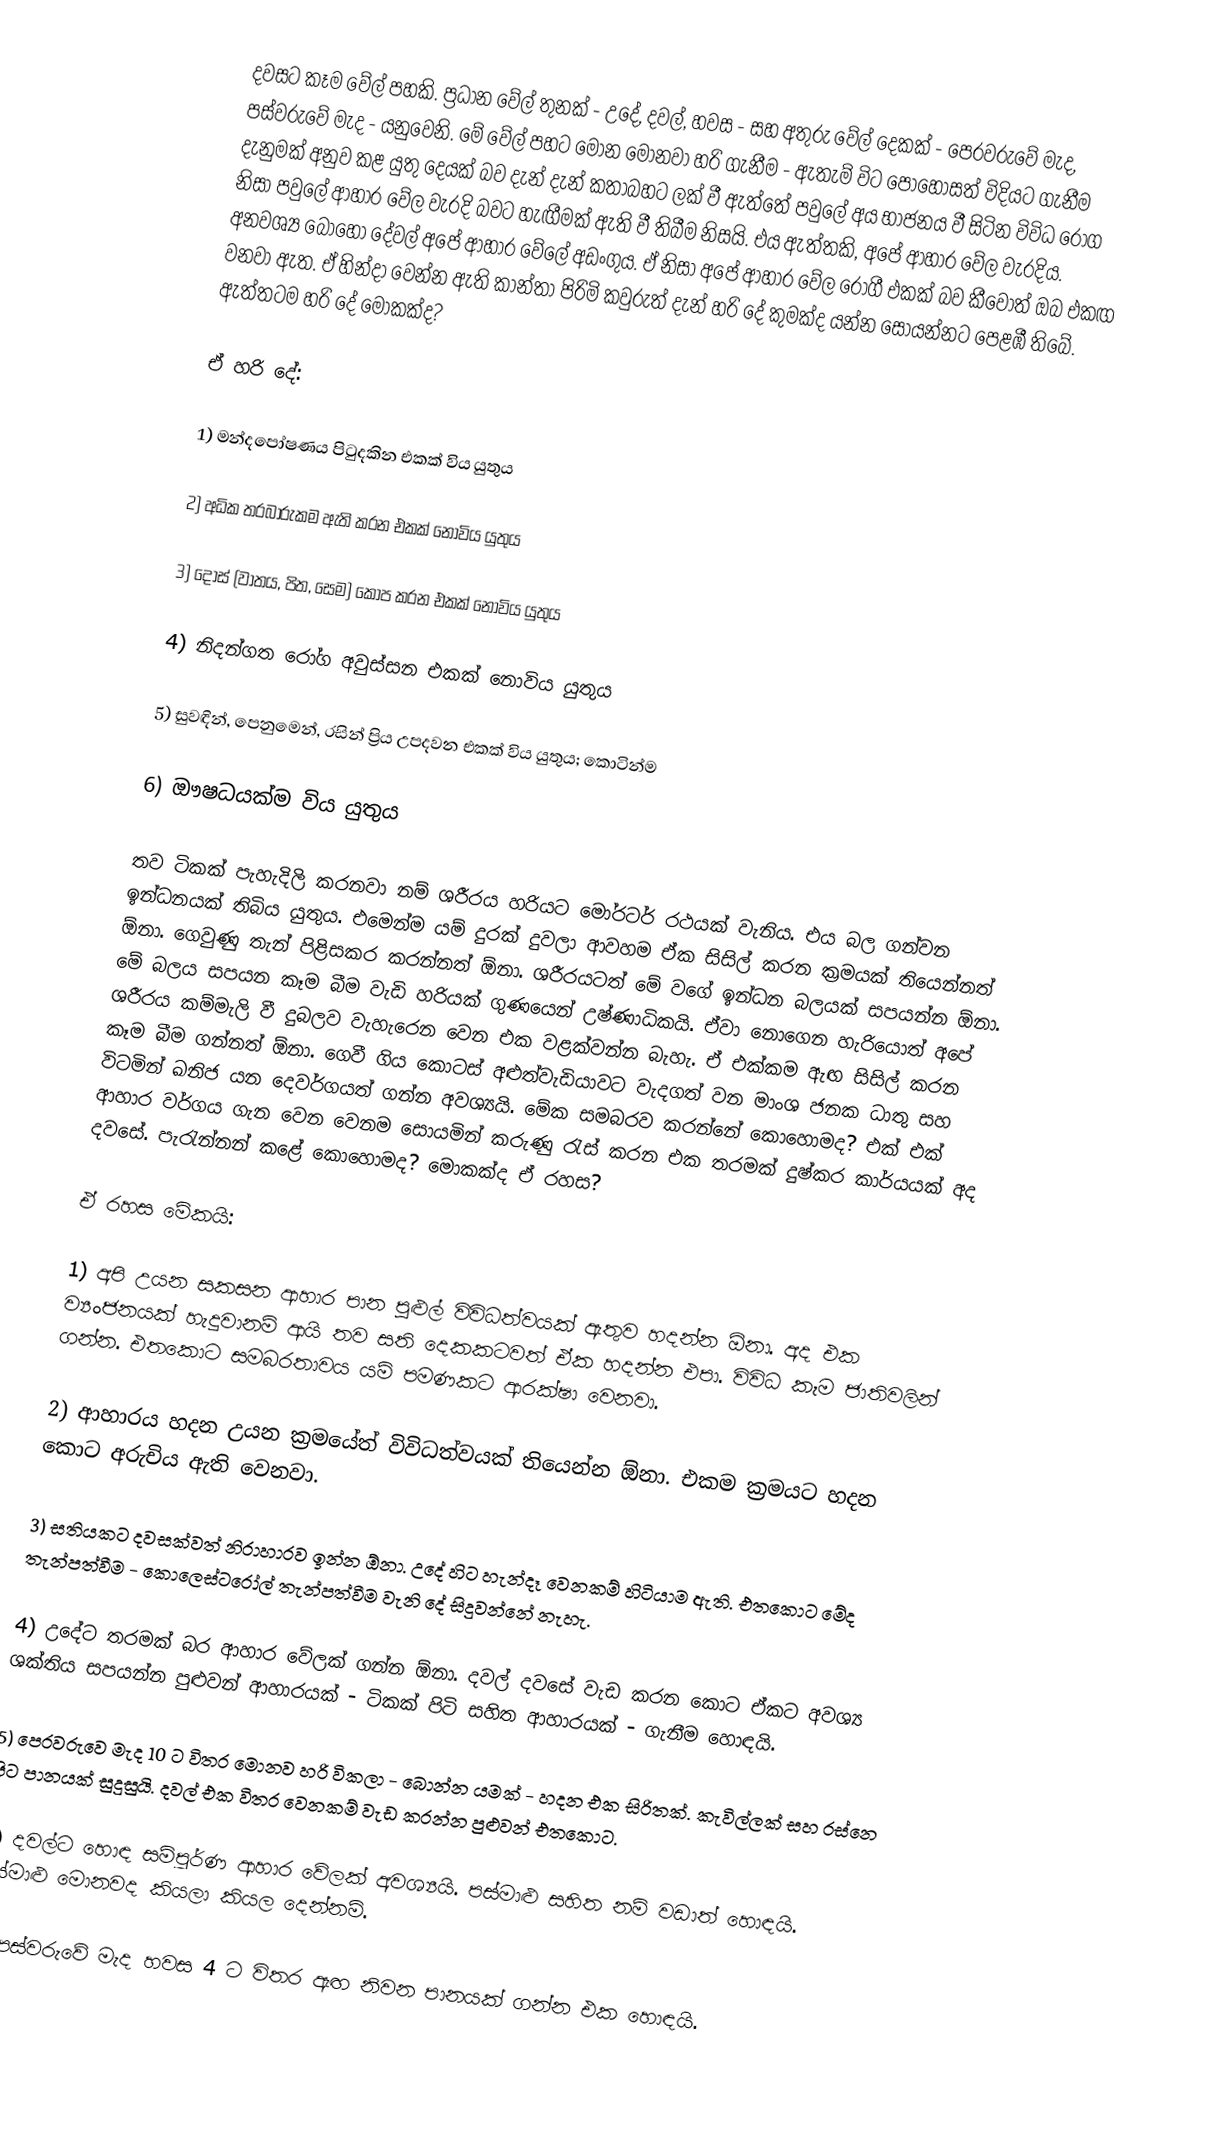
දවසට කෑම වේල් පහකි. ප්‍රධාන වේල් තුනක් - උදේ, දවල්, හවස - සහ අතුරු වේල් දෙකක් - පෙරවරුවේ මැද, පස්වරුවේ මැද - යනුවෙනි. මේ වේල් පහට මොන මොනවා හරි ගැනීම - ඇතැම් විට පොහොසත් විදියට ගැනීම දැනුමක් අනුව කළ යුතු දෙයක් බව දැන් දැන් කතාබහට ලක් වී ඇත්තේ පවුලේ අය භාජනය වී සිටින විවිධ රෝග නිසා පවුලේ ආහාර වේල වැරදි බවට හැඟීමක් ඇති වී තිබීම නිසයි. එය ඇත්තකි, අපේ ආහාර වේල වැරදිය. අනවශ්‍ය බොහෝ දේවල් අපේ ආහාර වේලේ අඩංගුය. ඒ නිසා අපේ ආහාර වේල රෝගී එකක් බව කීවොත් ඔබ එකඟ වනවා ඇත. ඒ හින්දා වෙන්න ඇති කාන්තා පිරිමි කවුරුත් දැන් හරි දේ කුමක්ද යන්න සොයන්නට පෙළඹී තිබේ. ඇත්තටම හරි දේ මොකක්ද?

ඒ හරි දේ:

1) මන්දපෝෂණය පිටුදකින එකක් විය යුතුය

2) අධික තරබාරුකම ඇති කරන එකක් නොවිය යුතුය

3) දොස් (වාතය, පිත, සෙම) කෝප කරන එකක් නොවිය යුතුය

4) නිදන්ගත රෝග අවුස්සන එකක් නොවිය යුතුය

5) සුවඳින්, පෙනුමෙන්, රසින් ප්‍රිය උපදවන එකක් විය යුතුය; කොටින්ම

6) ඖෂධයක්ම විය යුතුය

තව ටිකක් පැහැදිලි කරනවා නම් ශරීරය හරියට මෝරටර් රථයක් වැනිය. එය බල ගන්වන ඉන්ධනයක් තිබිය යුතුය. එමෙන්ම යම් දුරක් දුවලා ආවහම ඒක සිසිල් කරන ක්‍රමයක් තියෙන්නත් ඕනා. ගෙවුණු තැන් පිළිසකර කරන්නත් ඕනා. ශරීරයටත් මේ වගේ ඉන්ධන බලයක් සපයන්න ඕනා. මේ බලය සපයන කෑම බීම වැඩි හරියක් ගුණයෙන් උෂ්ණාධිකයි. ඒවා නොගෙන හැරියොත් අපේ ශරීරය කම්මැලි වී දුබලව වැහැරෙන වෙන එක වළක්වන්න බැහැ. ඒ එක්කම ඇඟ සිසිල් කරන කෑම බීම ගන්නත් ඕනා. ගෙවී ගිය කොටස් අළුත්වැඩියාවට වැදගත් වන මාංශ ජනක ධාතු සහ විටමින් ඛනිජ යන දෙවර්ගයත් ගන්න අවශ්‍යයි. මේක සමබරව කරන්නේ කොහොමද? එක් එක් ආහාර වර්ගය ගැන වෙන වෙනම සොයමින් කරුණු රැස් කරන එක තරමක් දුෂ්කර කාර්යයක් අද දවසේ. පැරැන්නන් කළේ කොහොමද? මොකක්ද ඒ රහස?

ඒ රහස මේකයි:

1) අපි උයන සකසන ආහාර පාන පුළුල් විවිධත්වයක් ඇතුව හදන්න ඕනා. අද එක ව්‍යංජනයක් හැදුවානම් ආයි තව සති දෙකකටවත් ඒක හදන්න එපා. විවිධ කෑම ජාතිවලින් ගන්න. එතකොට සමබරතාවය යම් පමණකට ආරක්ෂා වෙනවා.

2) ආහාරය හදන උයන ක්‍රමයේත් විවිධත්වයක් තියෙන්න ඕනා. එකම ක්‍රමයට හදන කොට අරුචිය ඇති වෙනවා.

3) සතියකට දවසක්වත් නිරාහාරව ඉන්න ඕනා. උදේ හිට හැන්දෑ වෙනකම් හිටියාම ඇති. එතකොට මේද තැන්පත්වීම - කොලෙස්ටරෝල් තැන්පත්වීම වැනි දේ සිදුවන්නේ නැහැ.

4) උදේට තරමක් බර ආහාර වේලක් ගන්න ඕනා. දවල් දවසේ වැඩ කරන කොට ඒකට අවශ්‍ය ශක්තිය සපයන්න පුළුවන් ආහාරයක් - ටිකක් පිටි සහිත ආහාරයක් - ගැනීම හොඳයි.

5) පෙරවරුවෙ මැද 10 ට විතර මොනව හරි විකලා - බොන්න යමක් - හදන එක සිරිතක්. කැවිල්ලක් සහ රස්නෙ පිට පානයක් සුදුසුයි. දවල් එක විතර වෙනකම් වැඩ කරන්න පුළුවන් එතකොට.

6) දවල්ට හොඳ සම්පූර්ණ ආහාර වේලක් අවශ්‍යයි. පස්මාළු සහිත නම් වඩාත් හොඳයි. පස්මාළු මොනවද කියලා කියල දෙන්නම්.

7) පස්වරුවේ මැද හවස 4 ට විතර ඇඟ නිවන පානයක් ගන්න එක හොඳයි.